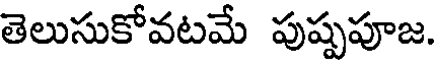
తెలుసుకోవటమే పుష్పపూజ.